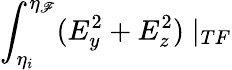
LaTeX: \int_{\eta_{i}}^{\eta_{\mathscr{F}}}(E_{y}^{2}+E_{z}^{2})\mid_{TF}